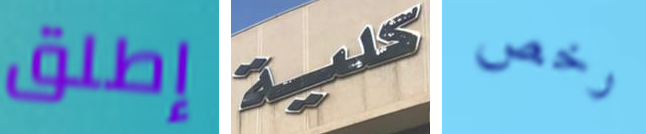
إطلق كلية رخص